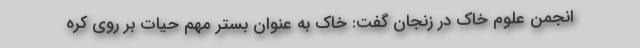
انجمن علوم خاک در زنجان گفت: خاک به عنوان بستر مهم حیات بر روی کره